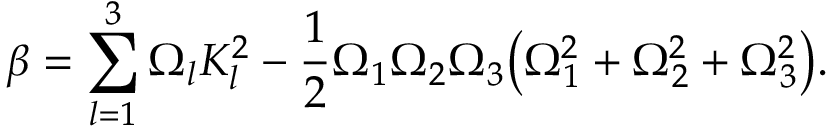
\beta = \sum _ { l = 1 } ^ { 3 } \Omega _ { l } K _ { l } ^ { 2 } - \frac { 1 } { 2 } \Omega _ { 1 } \Omega _ { 2 } \Omega _ { 3 } \big ( \Omega _ { 1 } ^ { 2 } + \Omega _ { 2 } ^ { 2 } + \Omega _ { 3 } ^ { 2 } \big ) .